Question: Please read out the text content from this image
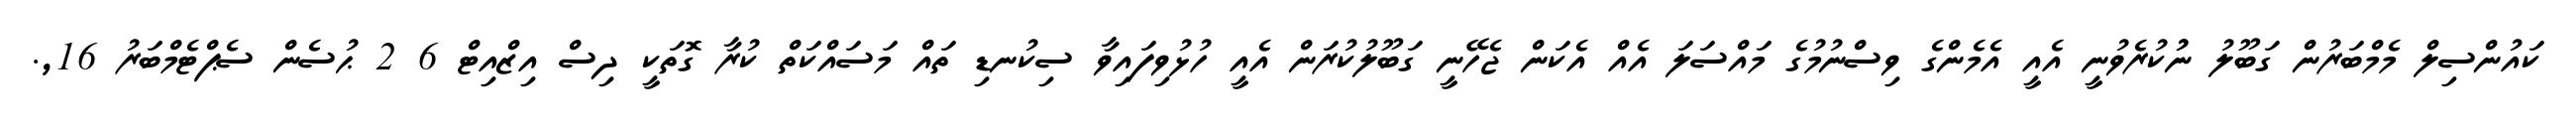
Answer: ކައުންސިލް މެމްބަރުން ގަބޫލު ނުުކުރެވުނީ އެއީ އެމެންގެ ވިސްނުމުގެ މައްސަލަ އެއް އެކަން ޖެހޭނީ ގަބޫލުކުރަން އެއީ ހުޅުވިފައިވާ ސިކުނޑި ތައް މަސައްކަތް ކުރާ ގޮތަކީ ދިސް އިޒްއިޓް 6 2 ޙުސެން ސެޕްޓެމްބަރު 16,.